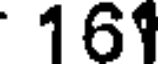
161